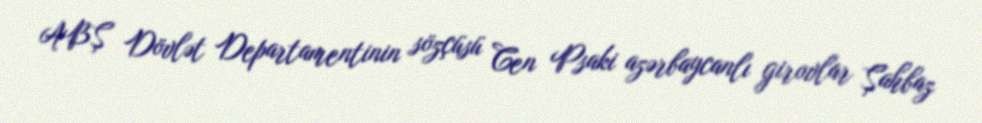
ABŞ Dövlət Departamentinin sözçüsü Cen Psaki azərbaycanlı girovlar Şahbaz